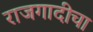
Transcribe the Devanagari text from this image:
राजगादीचा